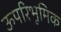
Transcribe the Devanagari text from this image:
ऊपरिभूमिक